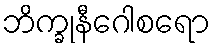
ဘိက္ခုနီဂေါစရော